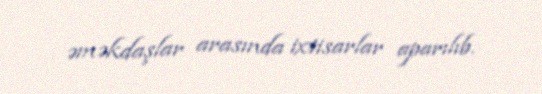
əməkdaşlar arasında ixtisarlar aparılıb.